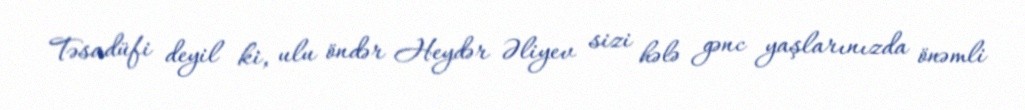
Təsadüfi deyil ki, ulu öndər Heydər Əliyev sizi hələ gənc yaşlarınızda önəmli